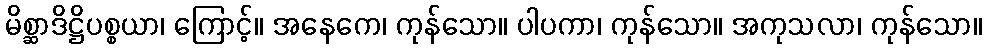
မိစ္ဆာဒိဋ္ဌိပစ္စယာ၊ ကြောင့်။ အနေကေ၊ ကုန်သော။ ပါပကာ၊ ကုန်သော။ အကုသလာ၊ ကုန်သော။